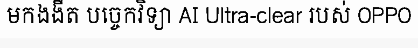
មកងងឹត បច្ចេកវិទ្យា AI Ultra-clear របស់ OPPO